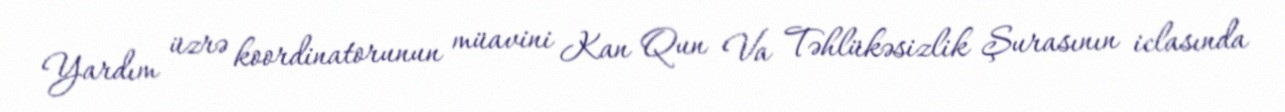
Yardım üzrə koordinatorunun müavini Kan Qun Va Təhlükəsizlik Şurasının iclasında